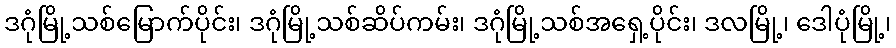
ဒဂုံမြို့သစ်မြောက်ပိုင်း၊ ဒဂုံမြို့သစ်ဆိပ်ကမ်း၊ ဒဂုံမြို့သစ်အရှေ့ပိုင်း၊ ဒလမြို့၊ ဒေါပုံမြို့၊